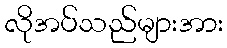
လိုအပ်သည်များအား